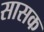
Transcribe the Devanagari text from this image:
सासक